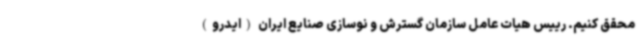
محقق کنیم. رییس هیات عامل سازمان گسترش و نوسازی صنایع ایران (ایدرو)